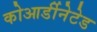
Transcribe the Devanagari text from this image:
कोआर्डीनेटेड